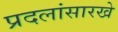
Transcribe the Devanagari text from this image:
प्रदलांसारखे